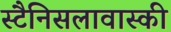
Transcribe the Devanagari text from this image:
स्टैनिसलावास्की